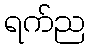
ရက်ည